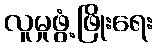
လူမှုဖွံ့ဖြိုးရေး